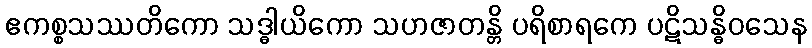
ဧကစ္စသဿတိကော သဒ္ဓါယိကော သဟဇာတန္တိ ပရိစာရကေ ပဋိသန္ဓိဝသေန